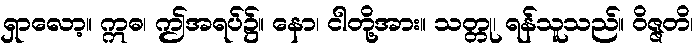
ရှာလော့။ ဣဓ၊ ဤအရပ်၌။ နော၊ ငါတို့အား။ သတ္တု၊ ရန်သူသည်။ ဝိဇ္ဇတိ၊